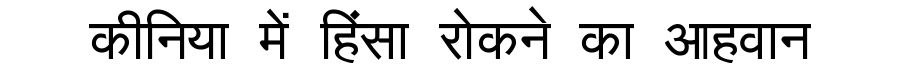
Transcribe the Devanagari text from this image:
कीनिया में हिंसा रोकने का आहवान